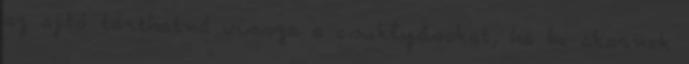
az ajtó tarthatná vissza a csuklyásokat, ha be akarnak